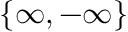
\{ \infty , - \infty \}